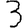
Digit: 3